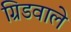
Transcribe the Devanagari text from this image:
ग्रिडवाले